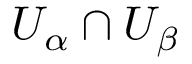
U _ { \alpha } \cap U _ { \beta }